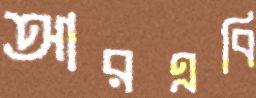
আরএবি